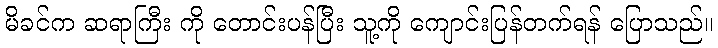
မိခင်က ဆရာကြီး ကို တောင်းပန်ပြီး သူ့ကို ကျောင်းပြန်တက်ရန် ပြောသည်။